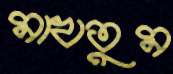
মাখতুম